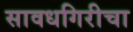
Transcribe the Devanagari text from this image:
सावधगिरीचा